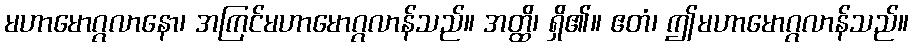
မဟာမောဂ္ဂလာနော၊ အကြင်မဟာမောဂ္ဂလာန်သည်။ အတ္ထိ၊ ရှိ၏။ ဧတံ၊ ဤမဟာမောဂ္ဂလာန်သည်။